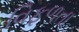
વિફળતા